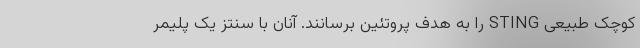
کوچک طبیعی STING را به هدف پروتئین برسانند. آنان با سنتز یک پلیمر